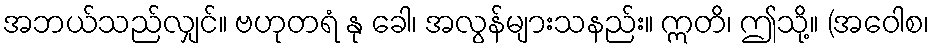
အဘယ်သည်လျှင်။ ဗဟုတရံ နု ခေါ၊ အလွန်များသနည်း။ ဣတိ၊ ဤသို့။ (အဝေါစ၊